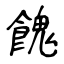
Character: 餽